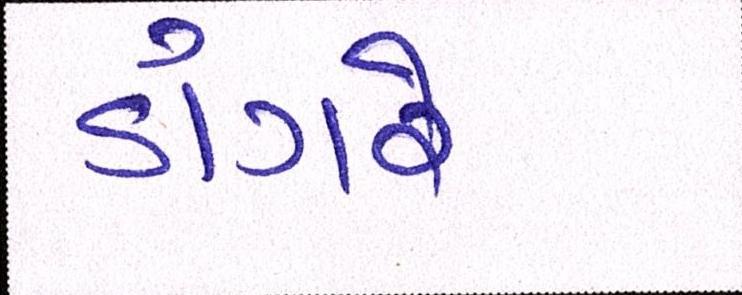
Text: ડાંગરે